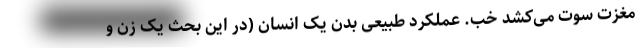
مغزت سوت می‌کشد خب. عملکرد طبیعی بدن یک انسان (در این بحث یک زن و